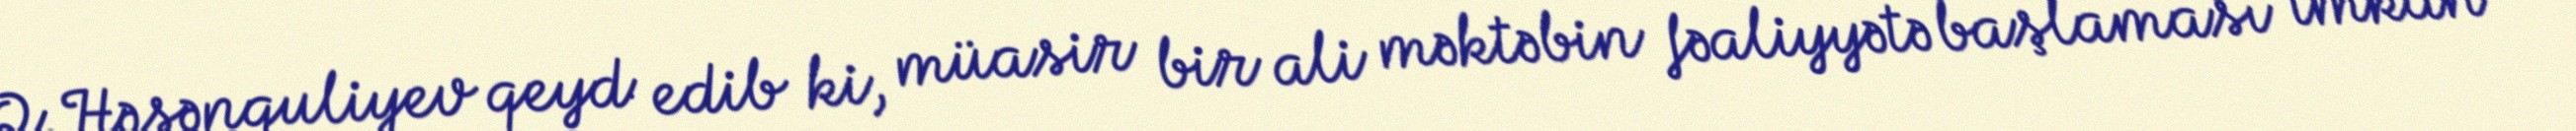
Q.Həsənquliyev qeyd edib ki, müasir bir ali məktəbin fəaliyyətə başlaması imkan